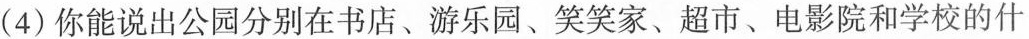
(4)你能说出公园分别在书店、游乐园、笑笑家、超市、电影院和学校的什